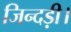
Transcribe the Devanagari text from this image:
जिन्दड़ी।